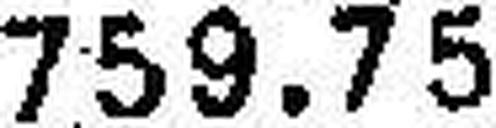
759.75